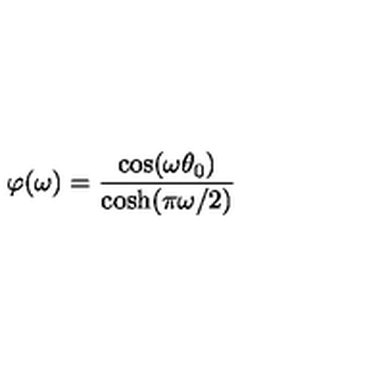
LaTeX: \varphi ( \omega ) = \frac { \cos ( \omega \theta _ { 0 } ) } { \cosh ( \pi \omega / 2 ) }